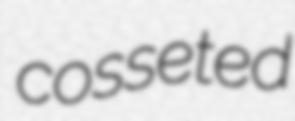
cosseted